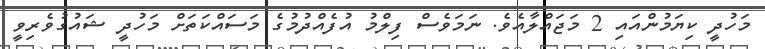
މަހުދީ ކިޔަމުންއައި 2 މަޖައްލާއެވެ. ނަމަވެސް ފިލްމު އުފެއްދުމުގެ މަސައްކަތަށް މަހުދީ ޝައުގުވެރިވީ